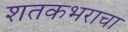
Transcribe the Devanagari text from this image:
शतकभराचा